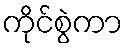
ကိုင်စွဲကာ